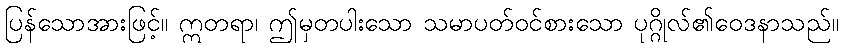
ပြန်သောအားဖြင့်။ ဣတရာ၊ ဤမှတပါးသော သမာပတ်ဝင်စားသော ပုဂ္ဂိုလ်၏ဝေဒနာသည်။